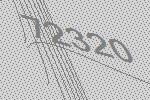
72320